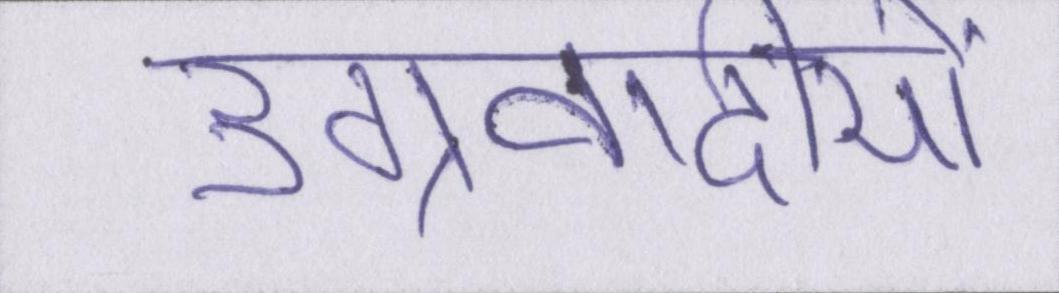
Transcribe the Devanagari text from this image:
उग्रवादीयों